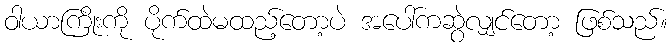
ဝါယာကြိုးကို ပိုက်ထဲမထည့်တော့ပဲ အပေါ်ကဆွဲလျှင်တော့ ဖြစ်သည်။